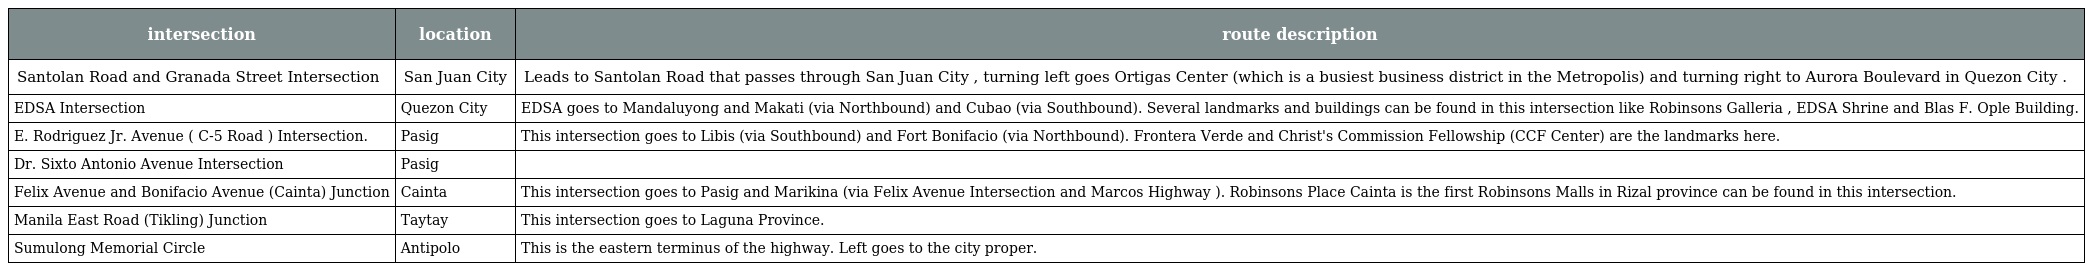
| intersection | location | route description |
 | --- | --- | --- |
 | Santolan Road and Granada Street Intersection | San Juan City | Leads to Santolan Road that passes through San Juan City , turning left goes Ortigas Center (which is a busiest business district in the Metropolis) and turning right to Aurora Boulevard in Quezon City . |
 | EDSA Intersection | Quezon City | EDSA goes to Mandaluyong and Makati (via Northbound) and Cubao (via Southbound). Several landmarks and buildings can be found in this intersection like Robinsons Galleria , EDSA Shrine and Blas F. Ople Building. |
 | E. Rodriguez Jr. Avenue ( C-5 Road ) Intersection. | Pasig | This intersection goes to Libis (via Southbound) and Fort Bonifacio (via Northbound). Frontera Verde and Christ's Commission Fellowship (CCF Center) are the landmarks here. |
 | Dr. Sixto Antonio Avenue Intersection | Pasig |  |
 | Felix Avenue and Bonifacio Avenue (Cainta) Junction | Cainta | This intersection goes to Pasig and Marikina (via Felix Avenue Intersection and Marcos Highway ). Robinsons Place Cainta is the first Robinsons Malls in Rizal province can be found in this intersection. |
 | Manila East Road (Tikling) Junction | Taytay | This intersection goes to Laguna Province. |
 | Sumulong Memorial Circle | Antipolo | This is the eastern terminus of the highway. Left goes to the city proper. |